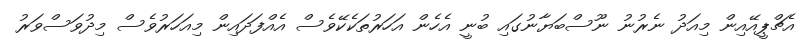
އެޗްޕީއޭއިން މިއަދު ނެރުނު ނޫސްބަޔާނުގައި ބުނީ އެހެން އަހަރުތަކެކޭވެސް އެއްފަދައިން މިއަހަރުވެސް މިދުވަސްވަރު